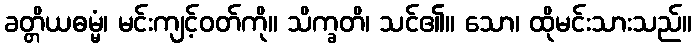
ခတ္တိယဓမ္မံ၊ မင်းကျင့်ဝတ်ကို။ သိက္ခတိ၊ သင်၏။ သော၊ ထိုမင်းသားသည်။